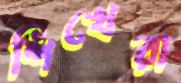
শিখেরা